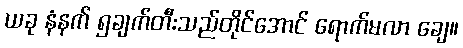
ယခု နံနက် ၅ချက်တီးသည်တိုင်အောင် ရောက်မလာ ချေ။